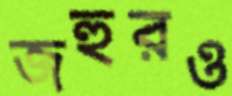
জহুরও